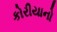
કોરીયાનો